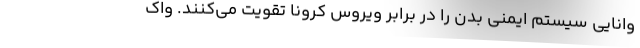
وانایی سیستم ایمنی بدن را در برابر ویروس کرونا تقویت می‌کنند. واک